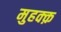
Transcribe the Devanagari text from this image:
मुहक्क़